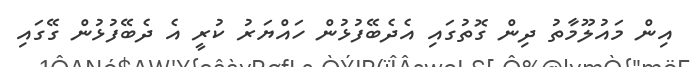
އިން މައުލޫމާތު ދިން ގޮތުގައި އެދެބޭފުޅުން ހައްޔަރު ކުރީ އެ ދެބޭފުޅުން ގޭގައި